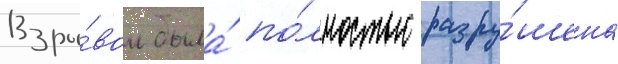
Взры́вом была́ по́лностью разру́шена